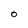
Character: O